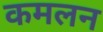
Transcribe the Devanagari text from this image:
कमलन